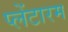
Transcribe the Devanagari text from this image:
प्लेंटारम